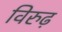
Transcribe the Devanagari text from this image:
विरुढ़